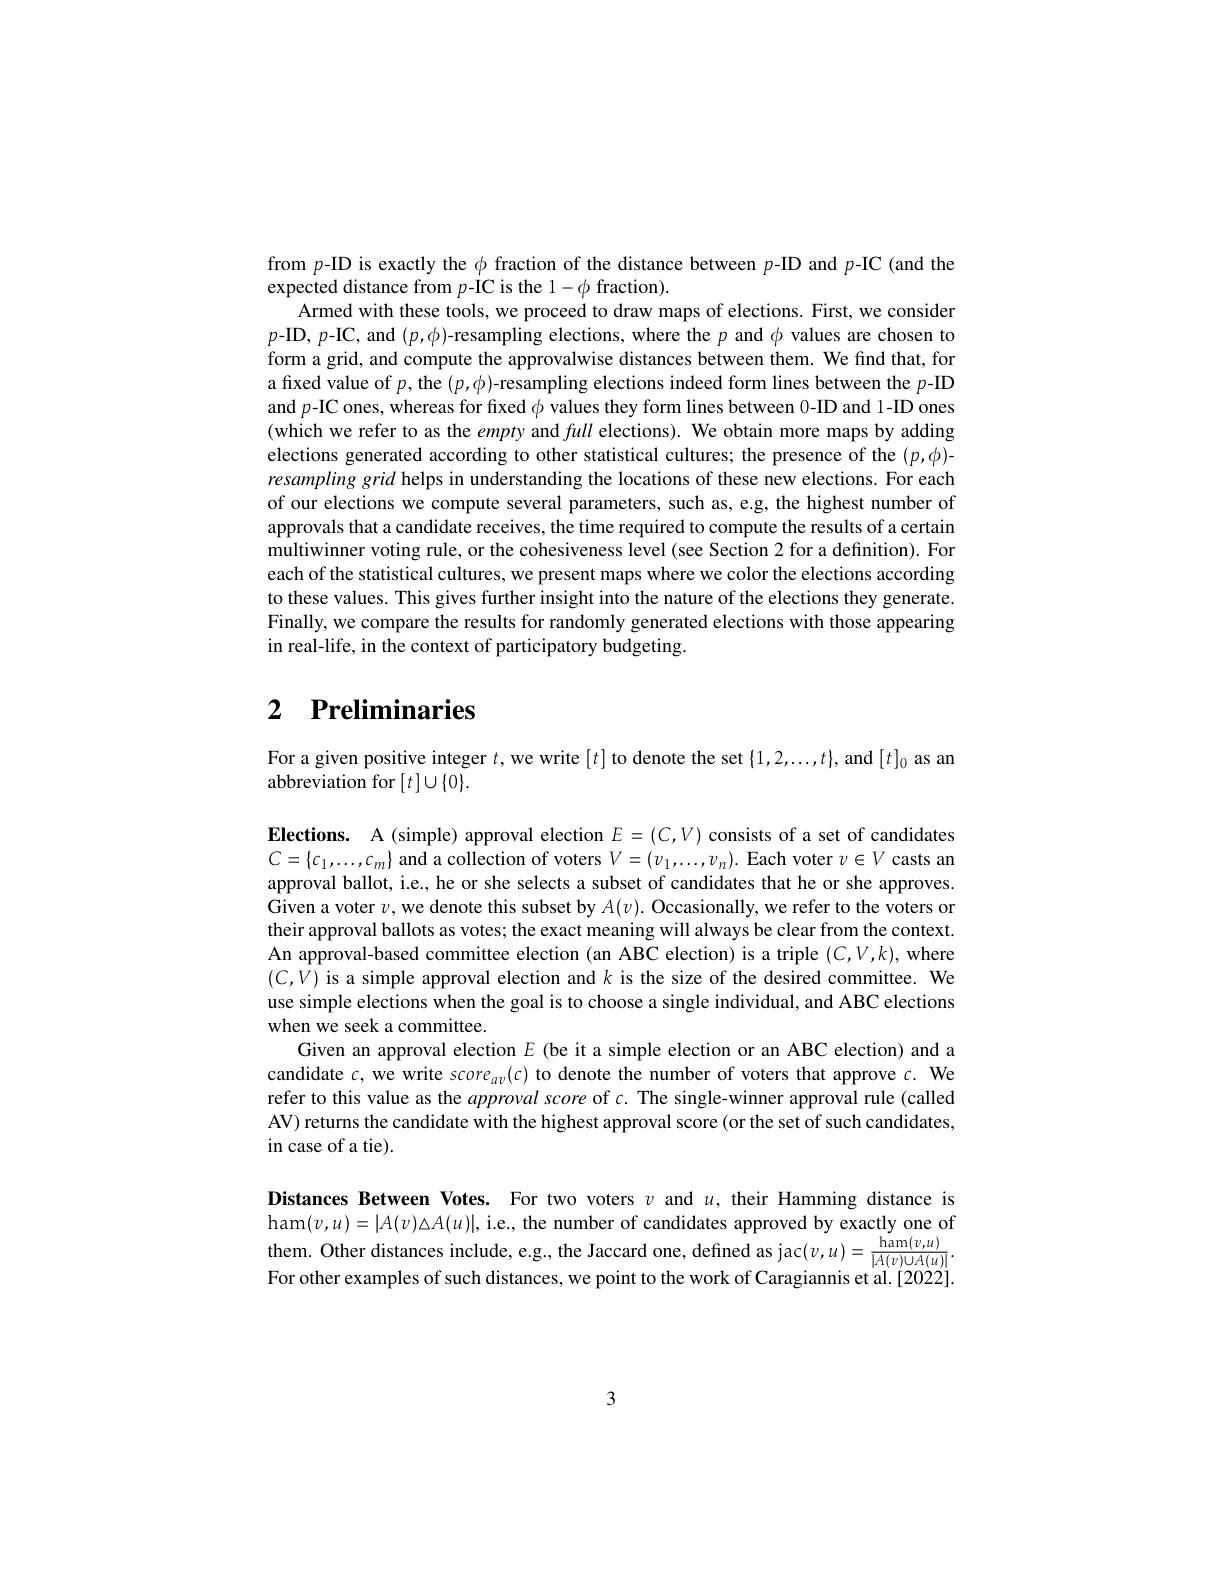
from $p$-ID is exactly the $\phi$ fraction of the distance between $p$-ID and $p$-IC (and the
expected distance from $p$-IC is the 1-$\phi$ fraction)
Armed with these tools, we proceed to draw maps of elections. First, we consider $p-\mathbf{ID},p-\mathbf{IC}$,and $(p,\phi)$-resampling elections, where the $p$ and $\phi$ values are chosen to form a grid, and compute the approvalwise distances between them. We find that, for a fixed value of $p$,the $(p,\phi)$-resampling elections indeed form lines between the $p$-ID and $p$-IC ones, whereas for fixed $\phi$ values they form lines between 0-ID and 1-ID ones (which we refer to as the empty and full elections). We obtain more maps by adding elections generated according to other statistical cultures; the presence of the $(p,\phi)$- resampling grid helps in understanding the locations of these new elections. For each of our elections we compute several parameters, such as, e.g, the highest number of approvals that a candidate receives, the time required to compute the results of a certain multiwinner voting rule, or the cohesiveness level (see Section 2 for a definition). For each of the statistical cultures, we present maps where we color the elections according to these values. This gives further insight into the nature of the elections they generate. Finally, we compare the results for randomly generated elections with those appearing in real-life, in the context of participatory budgeting

# 2 Preliminaries

For a given positive integer $t$,we write $[t]$ to denote the set $\{1,2,\ldots,t\}$,and $[t]_0$ as an
abbreviation for $[t]\cup\{0\}.$

Elections. A (simple) approval election $E=(C,V)$ consists of a set of candidates $C=\{c_1,\ldots,c_m\}$ and a collection of voters $V=(v_1,\ldots,v_n).$ Each voter $v\in V$ casts an approval ballot, i.e., he or she selects a subset of candidates that he or she approves. Given a voter $v$,we denote this subset by $A(v).$ Occasionally, we refer to the voters or their approval ballots as votes; the exact meaning will always be clear from the context. An approval-based committee election (an ABC election) is a triple $(C,V,k)$,where $(C,V)$ is a simple approval election and $k$ is the size of the desired committee. We use simple elections when the goal is to choose a single individual, and ABC elections when we seek a committee.
Given an approval election $E$ (be it a simple election or an ABC election) and a candidate $c$, we write score$_av(c)$ to denote the number of voters that approve c. We refer to this value as the approval score of c. The single-winner approval rule (called AV) returns the candidate with the highest approval score (or the set of such candidates, in case of a tie).

Distances Between Votes. For two voters $v$ and $u$, their Hamming distance is $\operatorname{ham}(v,u)=|A(v)\Delta A(u)|$, i.e., the number of candidates approved by exactly one of them. Other distances include, e.g., the Jaccard one, defined as jac$(v,u)=\frac{\mathrm{ham}(v,u)}{|A(v)\cup A(u)|}.$ For other examples of such distances, we point to the work of Caragiannis et al.[2022].

3